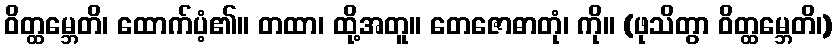
ဝိတ္ထမ္ဘေတိ၊ ထောက်ပံ့၏။ တထာ၊ ထို့အတူ။ တေဇောဓာတုံ၊ ကို။ (ဖုသိတွာ ဝိတ္ထမ္ဘေတိ၊)